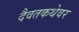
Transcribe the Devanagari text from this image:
दैवतकथेवर